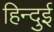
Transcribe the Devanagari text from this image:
हिन्दुई